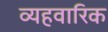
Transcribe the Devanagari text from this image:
व्यहवारिक